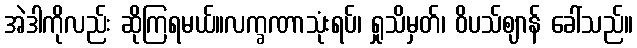
အဲဒါကိုလည်း ဆိုကြရမယ်။လက္ခဏာသုံးရပ်၊ ရှုသိမှတ်၊ ဝိပသ်ဈာန် ခေါ်သည်။